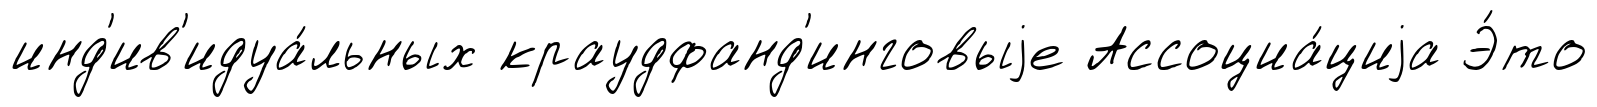
инд'ив'идуа́льных краудфанд'инговыjе Ассоциа́циjа Э́то